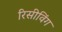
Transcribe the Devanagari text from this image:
रिसीविंग